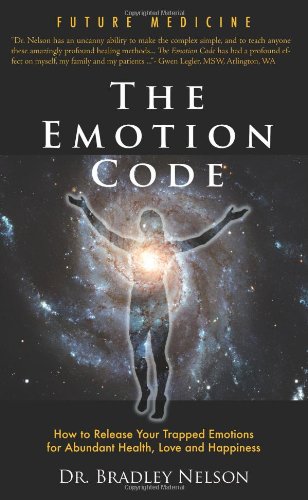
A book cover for The Emotion Code; Bradley Nelson; Health, Fitness & Dieting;